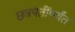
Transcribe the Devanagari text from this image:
छत्रपतींपर्यंत